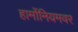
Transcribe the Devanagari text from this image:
हार्मोनियमवर